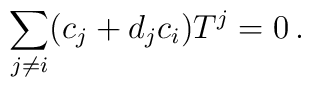
\sum_{j \neq i} (c_j + d_j c_i) T^j =0 \, .